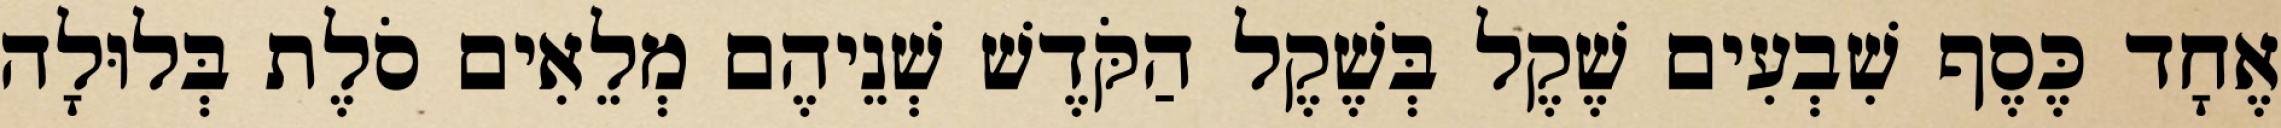
אֶחָד כֶּסֶף שִׁבְעִים שֶׁקֶל בְּשֶׁקֶל הַקֹּדֶשׁ שְׁנֵיהֶם מְלֵאִים סֹלֶת בְּלוּלָה